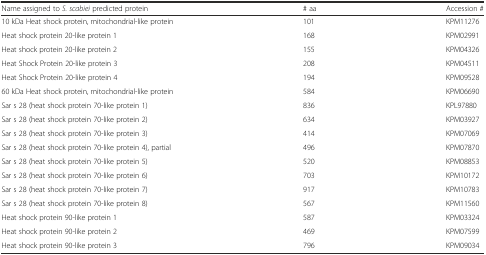
<table><thead><tr><td><b>Name assigned to <i>S. scabiei</i> predicted protein</b></td><td><b># aa</b></td><td><b>Accession #</b></td></tr></thead><tbody><tr><td>10 kDa Heat shock protein, mitochondrial-like protein</td><td>101</td><td>KPM11276</td></tr><tr><td>Heat shock protein 20-like protein 1</td><td>168</td><td>KPM02991</td></tr><tr><td>Heat shock protein 20-like protein 2</td><td>155</td><td>KPM04326</td></tr><tr><td>Heat Shock Protein 20-like protein 3</td><td>208</td><td>KPM04511</td></tr><tr><td>Heat Shock Protein 20-like protein 4</td><td>194</td><td>KPM09528</td></tr><tr><td>60 kDa Heat shock protein, mitochondrial-like protein</td><td>584</td><td>KPM06690</td></tr><tr><td>Sar s 28 (heat shock protein 70-like protein 1)</td><td>836</td><td>KPL97880</td></tr><tr><td>Sar s 28 (heat shock protein 70-like protein 2)</td><td>634</td><td>KPM03927</td></tr><tr><td>Sar s 28 (heat shock protein 70-like protein 3)</td><td>414</td><td>KPM07069</td></tr><tr><td>Sar s 28 (heat shock protein 70-like protein 4), partial</td><td>496</td><td>KPM07870</td></tr><tr><td>Sar s 28 (heat shock protein 70-like protein 5)</td><td>520</td><td>KPM08853</td></tr><tr><td>Sar s 28 (heat shock protein 70-like protein 6)</td><td>703</td><td>KPM10172</td></tr><tr><td>Sar s 28 (heat shock protein 70-like protein 7)</td><td>917</td><td>KPM10783</td></tr><tr><td>Sar s 28 (heat shock protein 70-like protein 8)</td><td>567</td><td>KPM11560</td></tr><tr><td>Heat shock protein 90-like protein 1</td><td>587</td><td>KPM03324</td></tr><tr><td>Heat shock protein 90-like protein 2</td><td>469</td><td>KPM07599</td></tr><tr><td>Heat shock protein 90-like protein 3</td><td>796</td><td>KPM09034</td></tr></tbody></table>